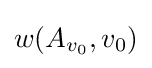
w(A_{v_{0}},v_{0})